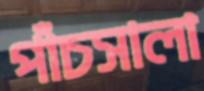
পাঁচসালা